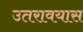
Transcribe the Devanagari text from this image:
उतरावयास